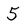
Character: 5